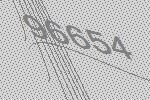
96654